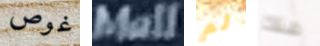
غوص Mall لم هناك